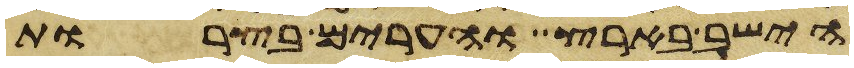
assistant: הישב בארץ והערים בצרות